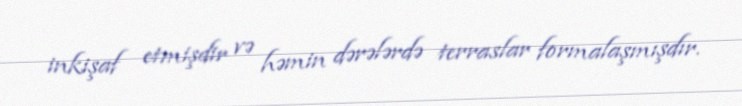
inkişaf etmişdir və həmin dərələrdə terraslar formalaşmışdır.